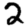
Digit: 2